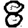
Digit: 8